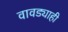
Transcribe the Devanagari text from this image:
वावड्याही